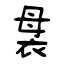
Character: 袰